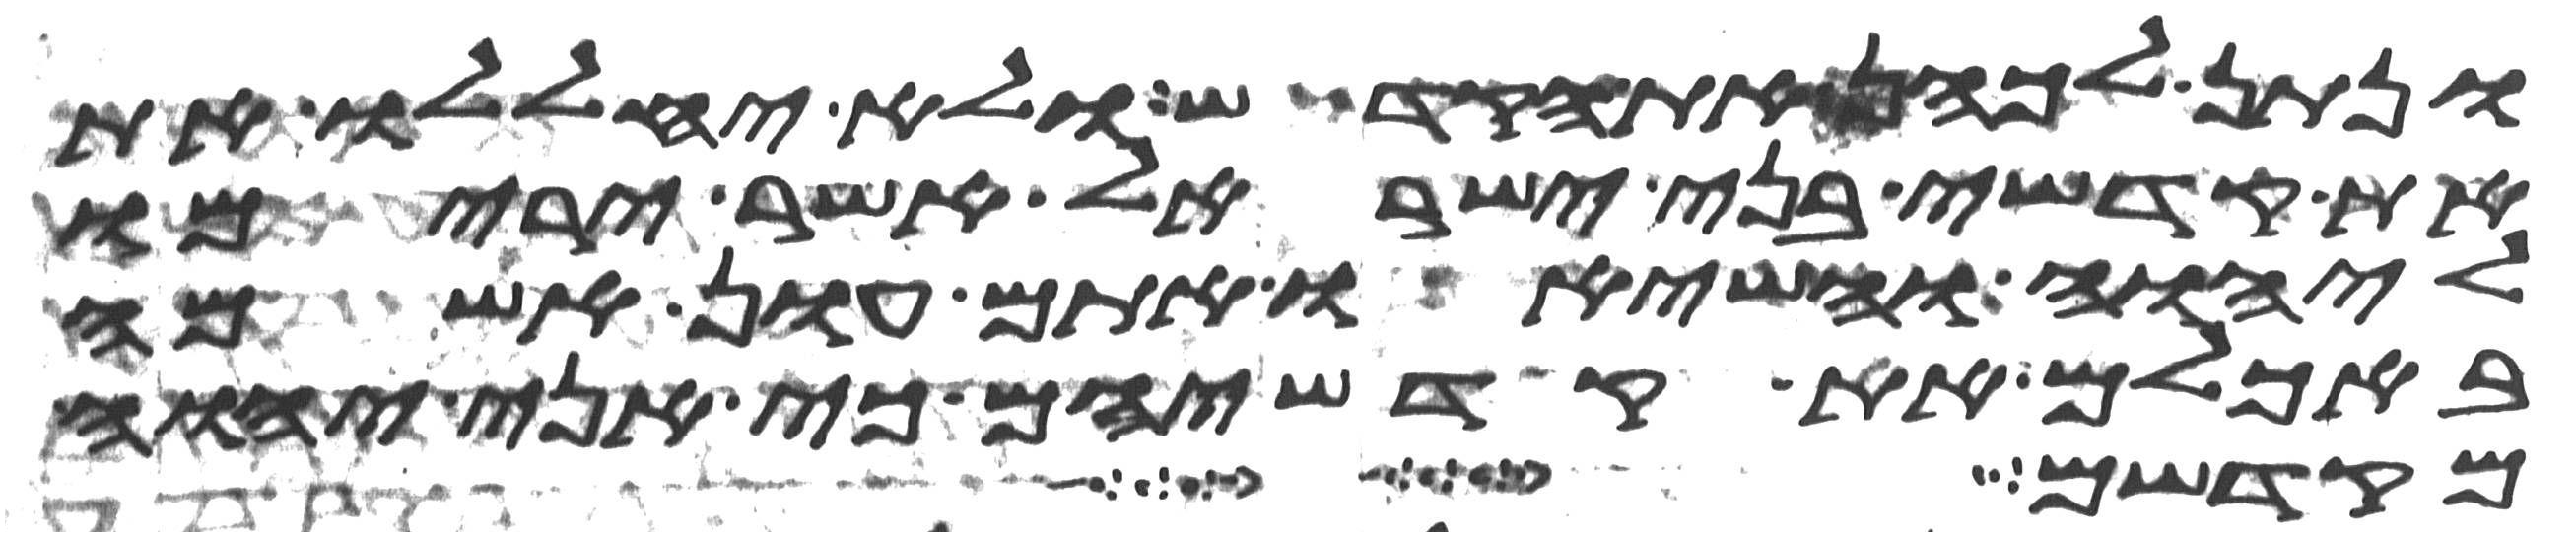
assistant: ונתן לכהן את הקדש ולא יחללו את
את קדשי בני ישראל אשר ירימו
ליהוה והשיאו אתם עון אשמה
באכלם את קדשיהם כי אני יהוה
מקדשם